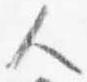
人